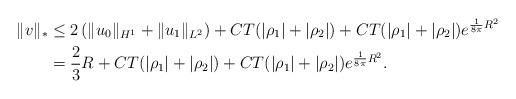
LaTeX: \begin{align*}\|v\|_* &\leq 2\left(\|u_0\|_{H^1}+\|u_1\|_{L^2}\right)+CT(|\rho_1|+|\rho_2|)+CT(|\rho_1|+|\rho_2|)e^{\frac{1}{8\pi}R^2} \\& = \frac23 R+CT(|\rho_1|+|\rho_2|)+CT(|\rho_1|+|\rho_2|)e^{\frac{1}{8\pi}R^2}.\end{align*}